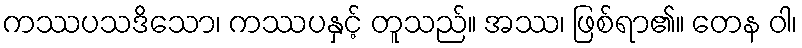
ကဿပသဒိသော၊ ကဿပနှင့် တူသည်။ အဿ၊ ဖြစ်ရာ၏။ တေန ဝါ၊